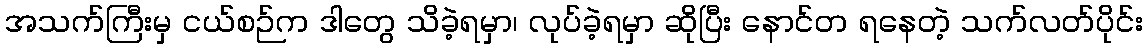
အသက်ကြီးမှ ငယ်စဉ်က ဒါတွေ သိခဲ့ရမှာ၊ လုပ်ခဲ့ရမှာ ဆိုပြီး နောင်တ ရနေတဲ့ သက်လတ်ပိုင်း